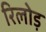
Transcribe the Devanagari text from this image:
रिलोड़